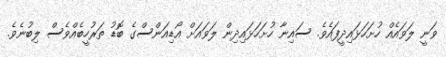
ވަނީ ލަވައެއް ހުށަހަޅައިދީފައެވެ. ސައިނާ ހުށަހަޅައިދިން ލަވައަށް އޯޑިއަންސްގެ ބޮޑު ތަރުހީބެއްވެސް ލިބުނެވެ.